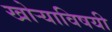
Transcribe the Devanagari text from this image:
खोर्‍याविषयी